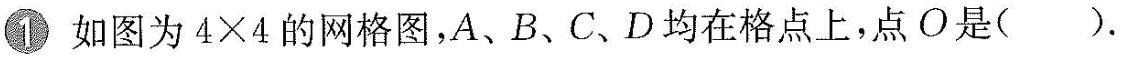
①如图为$$ 4 \times 4$$的网格图，A、B、C、D均在格点上，点O是()。